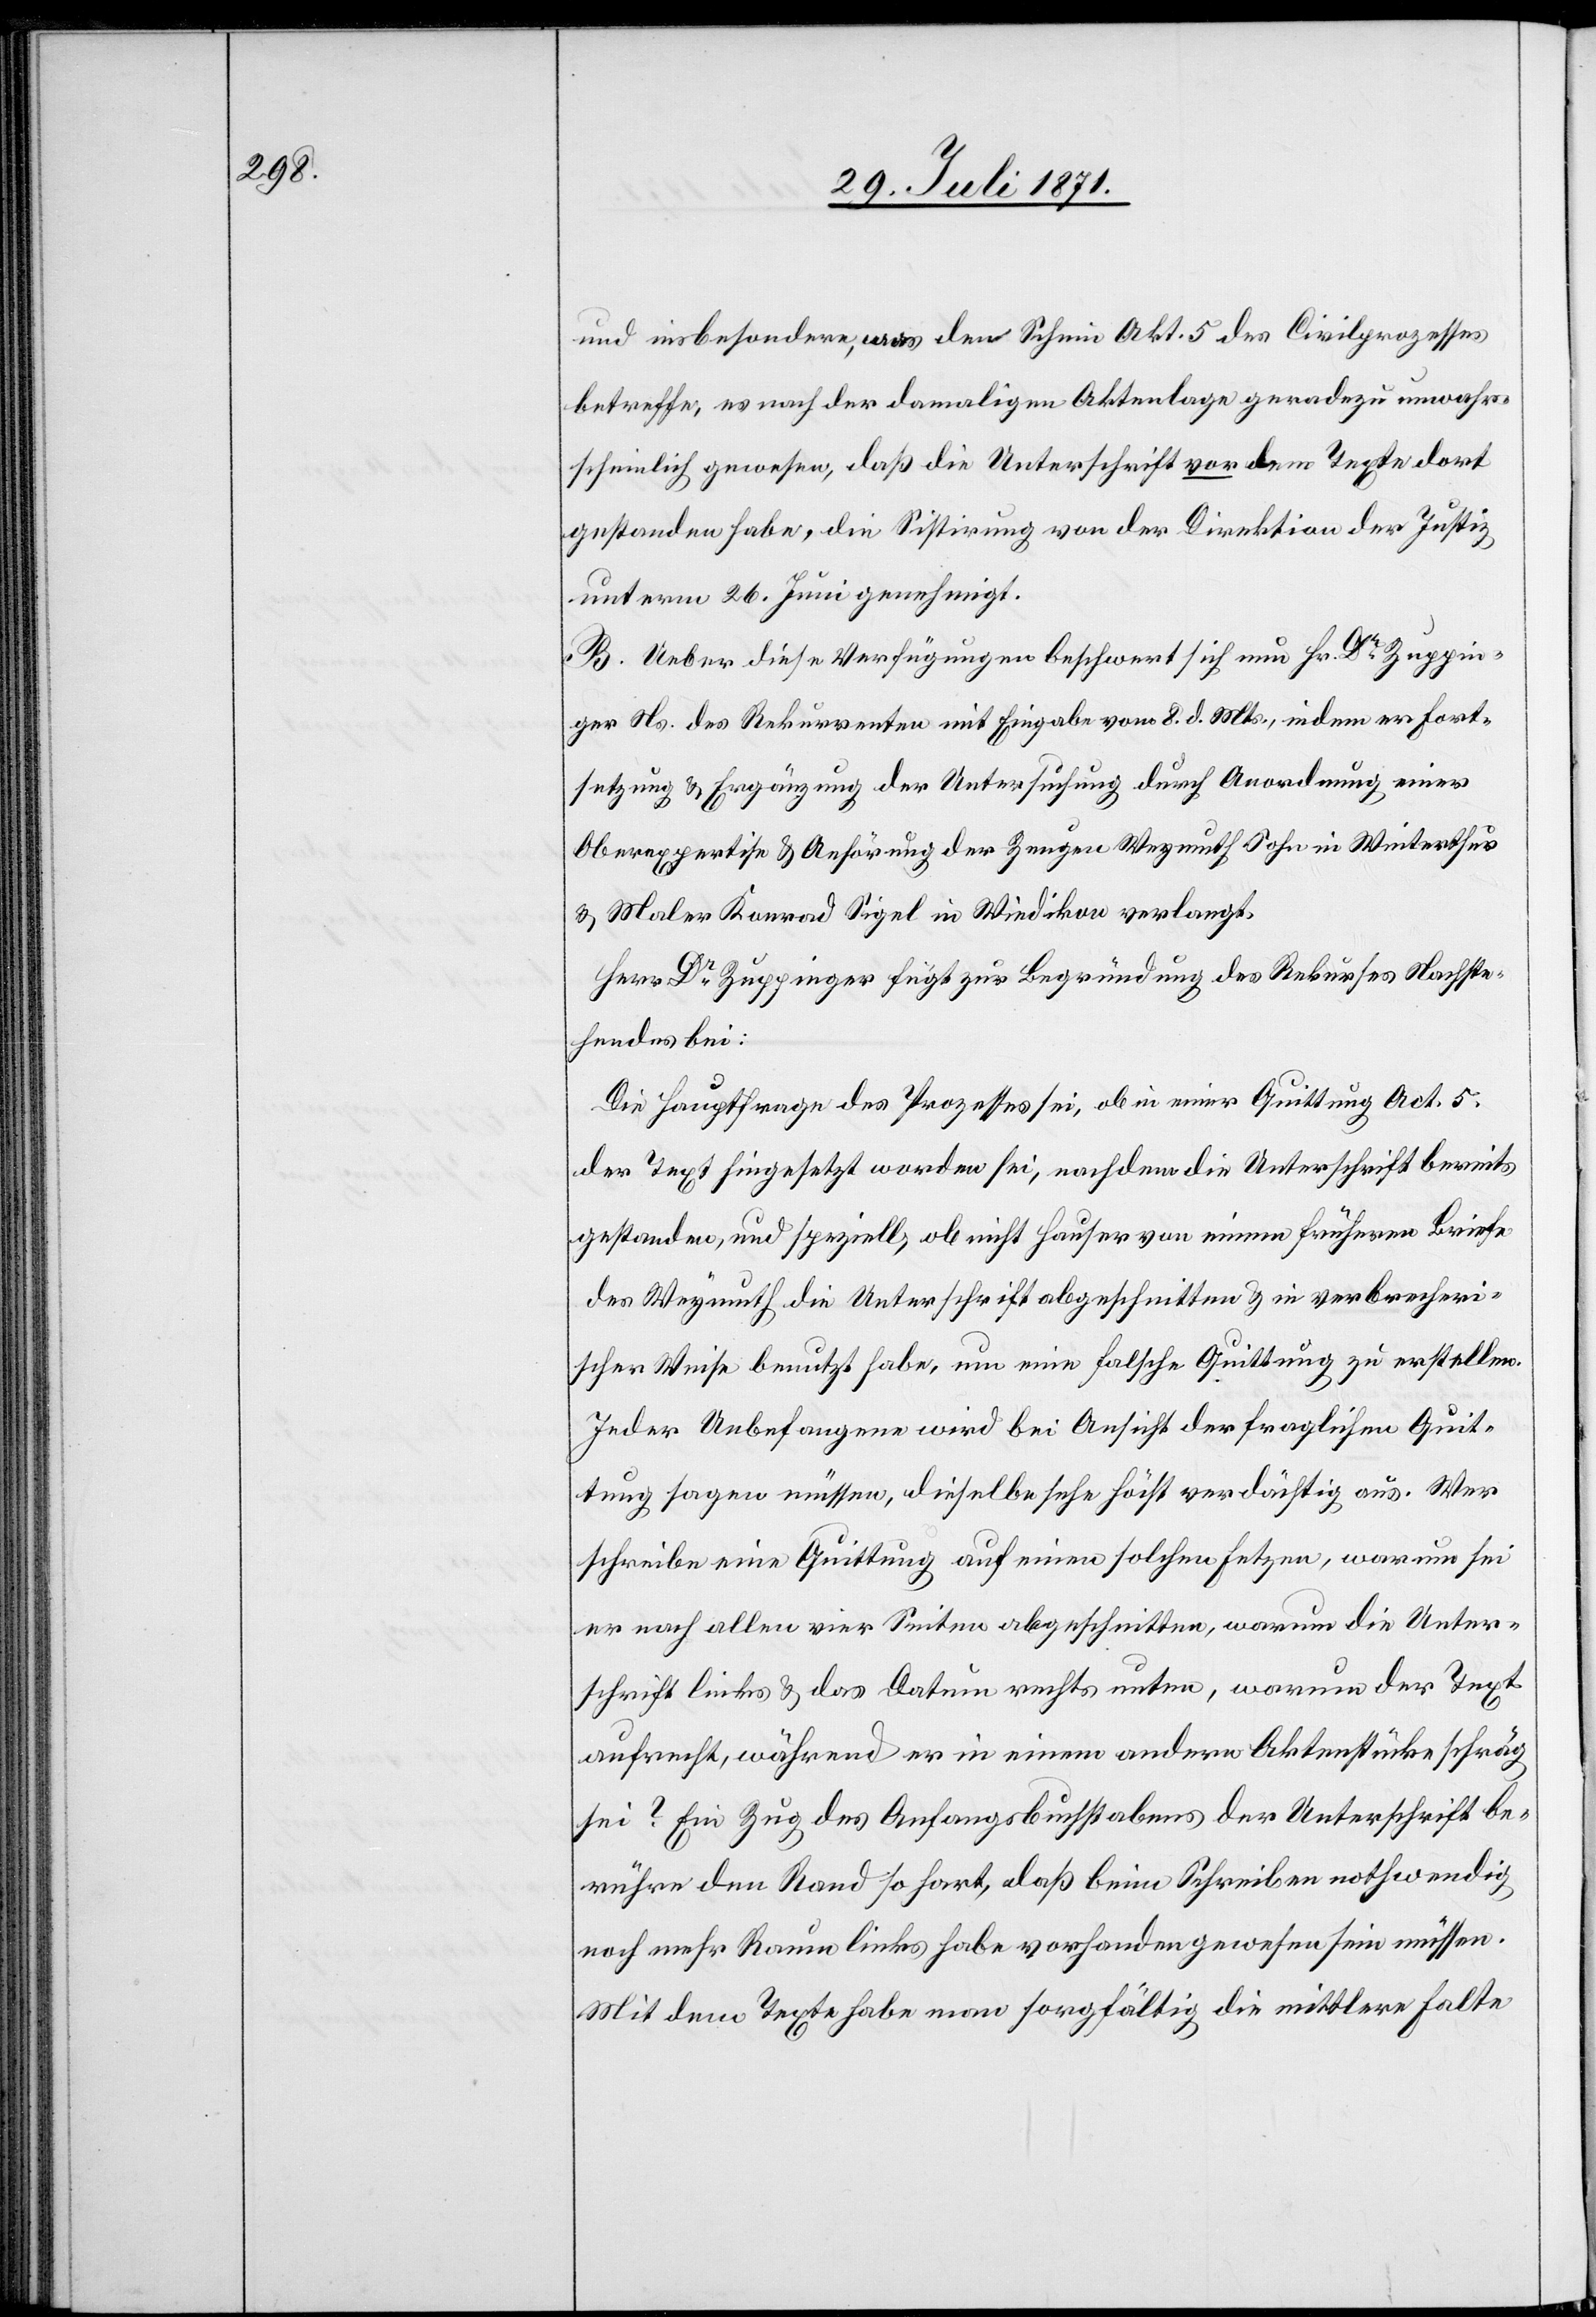
und insbesondere, was den Schein Akt. 5 des Civilprozesses
betreffe, es nach der damaligen Aktenlage geradezu unwahr¬
scheinlich gewesen, daß die Unterschrift vor dem Texte dort
gestanden habe, die Sistirung von der Direktion der Justiz
unterm 26. Juni genehmigt.
B. Ueber diese Verfügung beschwert sich nun Hr. Dr. Zuppin¬
ger Ns. des Rekurrenten mit Eingabe vom 8. d. Mts., indem er Fort¬
setzung u. Ergänzung der Untersuchung durch Anordnung einer
Oberexpertise u. Anhörung der Zeugen Weymuth Sohn in Winterthur
u. Maler Konrad Sigel in Wiedikon verlangt.
Herr Dr. Zuppinger fügt zur Begründung des Rekurses Nachste¬
hendes bei:
Die Hauptfrage des Prozesses sei, ob in einer Quittung Act. 5.
der Text hingesetzt worden sei, nachdem die Unterschrift bereits
gestanden, und speziell, ob nicht Hauser von einem früheren Briefe
des Weymuth die Unterschrift abgeschnitten u. in verbrecheri¬
scher Weise benutzt habe, um eine falsche Quittung zu erstellen.
Jeder Unbefangene wird bei Ansicht der fraglichen Quit¬
tung sagen müssen, dieselbe sehe höchst verdächtig aus. Wer
schreibe eine Quittung auf einem solchen Fetzen, warum sei
er nach allen vier Seiten abgeschnitten, warum die Unter¬
schrift links u. das Datum rechts unten, warum der Text
aufrecht, während er in einem andern Aktenstücke schräg
sei? Ein Zug des Anfangsbuchstabens der Unterschrift be¬
rühre den Rand so hart, daß beim Schreiben nothwendig
noch mehr Raum links habe vorhanden gewesen sein müssen.
Mit dem Texte habe man sorgfältig die mittlere Falte